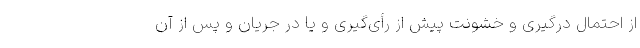
از احتمال درگیری و خشونت پیش از رأی‌گیری و یا در جریان و پس از آن